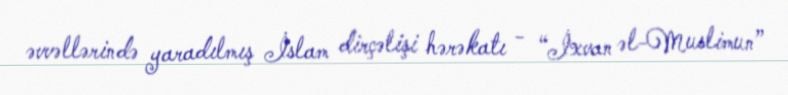
əvvəllərində yaradılmış İslam dirçəlişi hərəkatı - “İxvan əl-Muslimun”